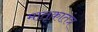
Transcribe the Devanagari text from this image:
मातृकातंत्र